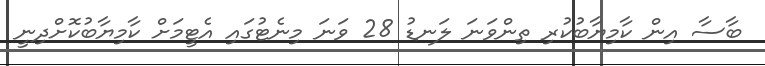
ބާސާ އިން ކާމިޔާބުކުރި ތިންވަނަ ލަނޑު 28 ވަނަ މިނެޓުގައި އެޓީމަށް ކާމިޔާބުކޮށްދިނީ